Tartu_Linna_ja_Maakonna_Kaitseliit, lk 95
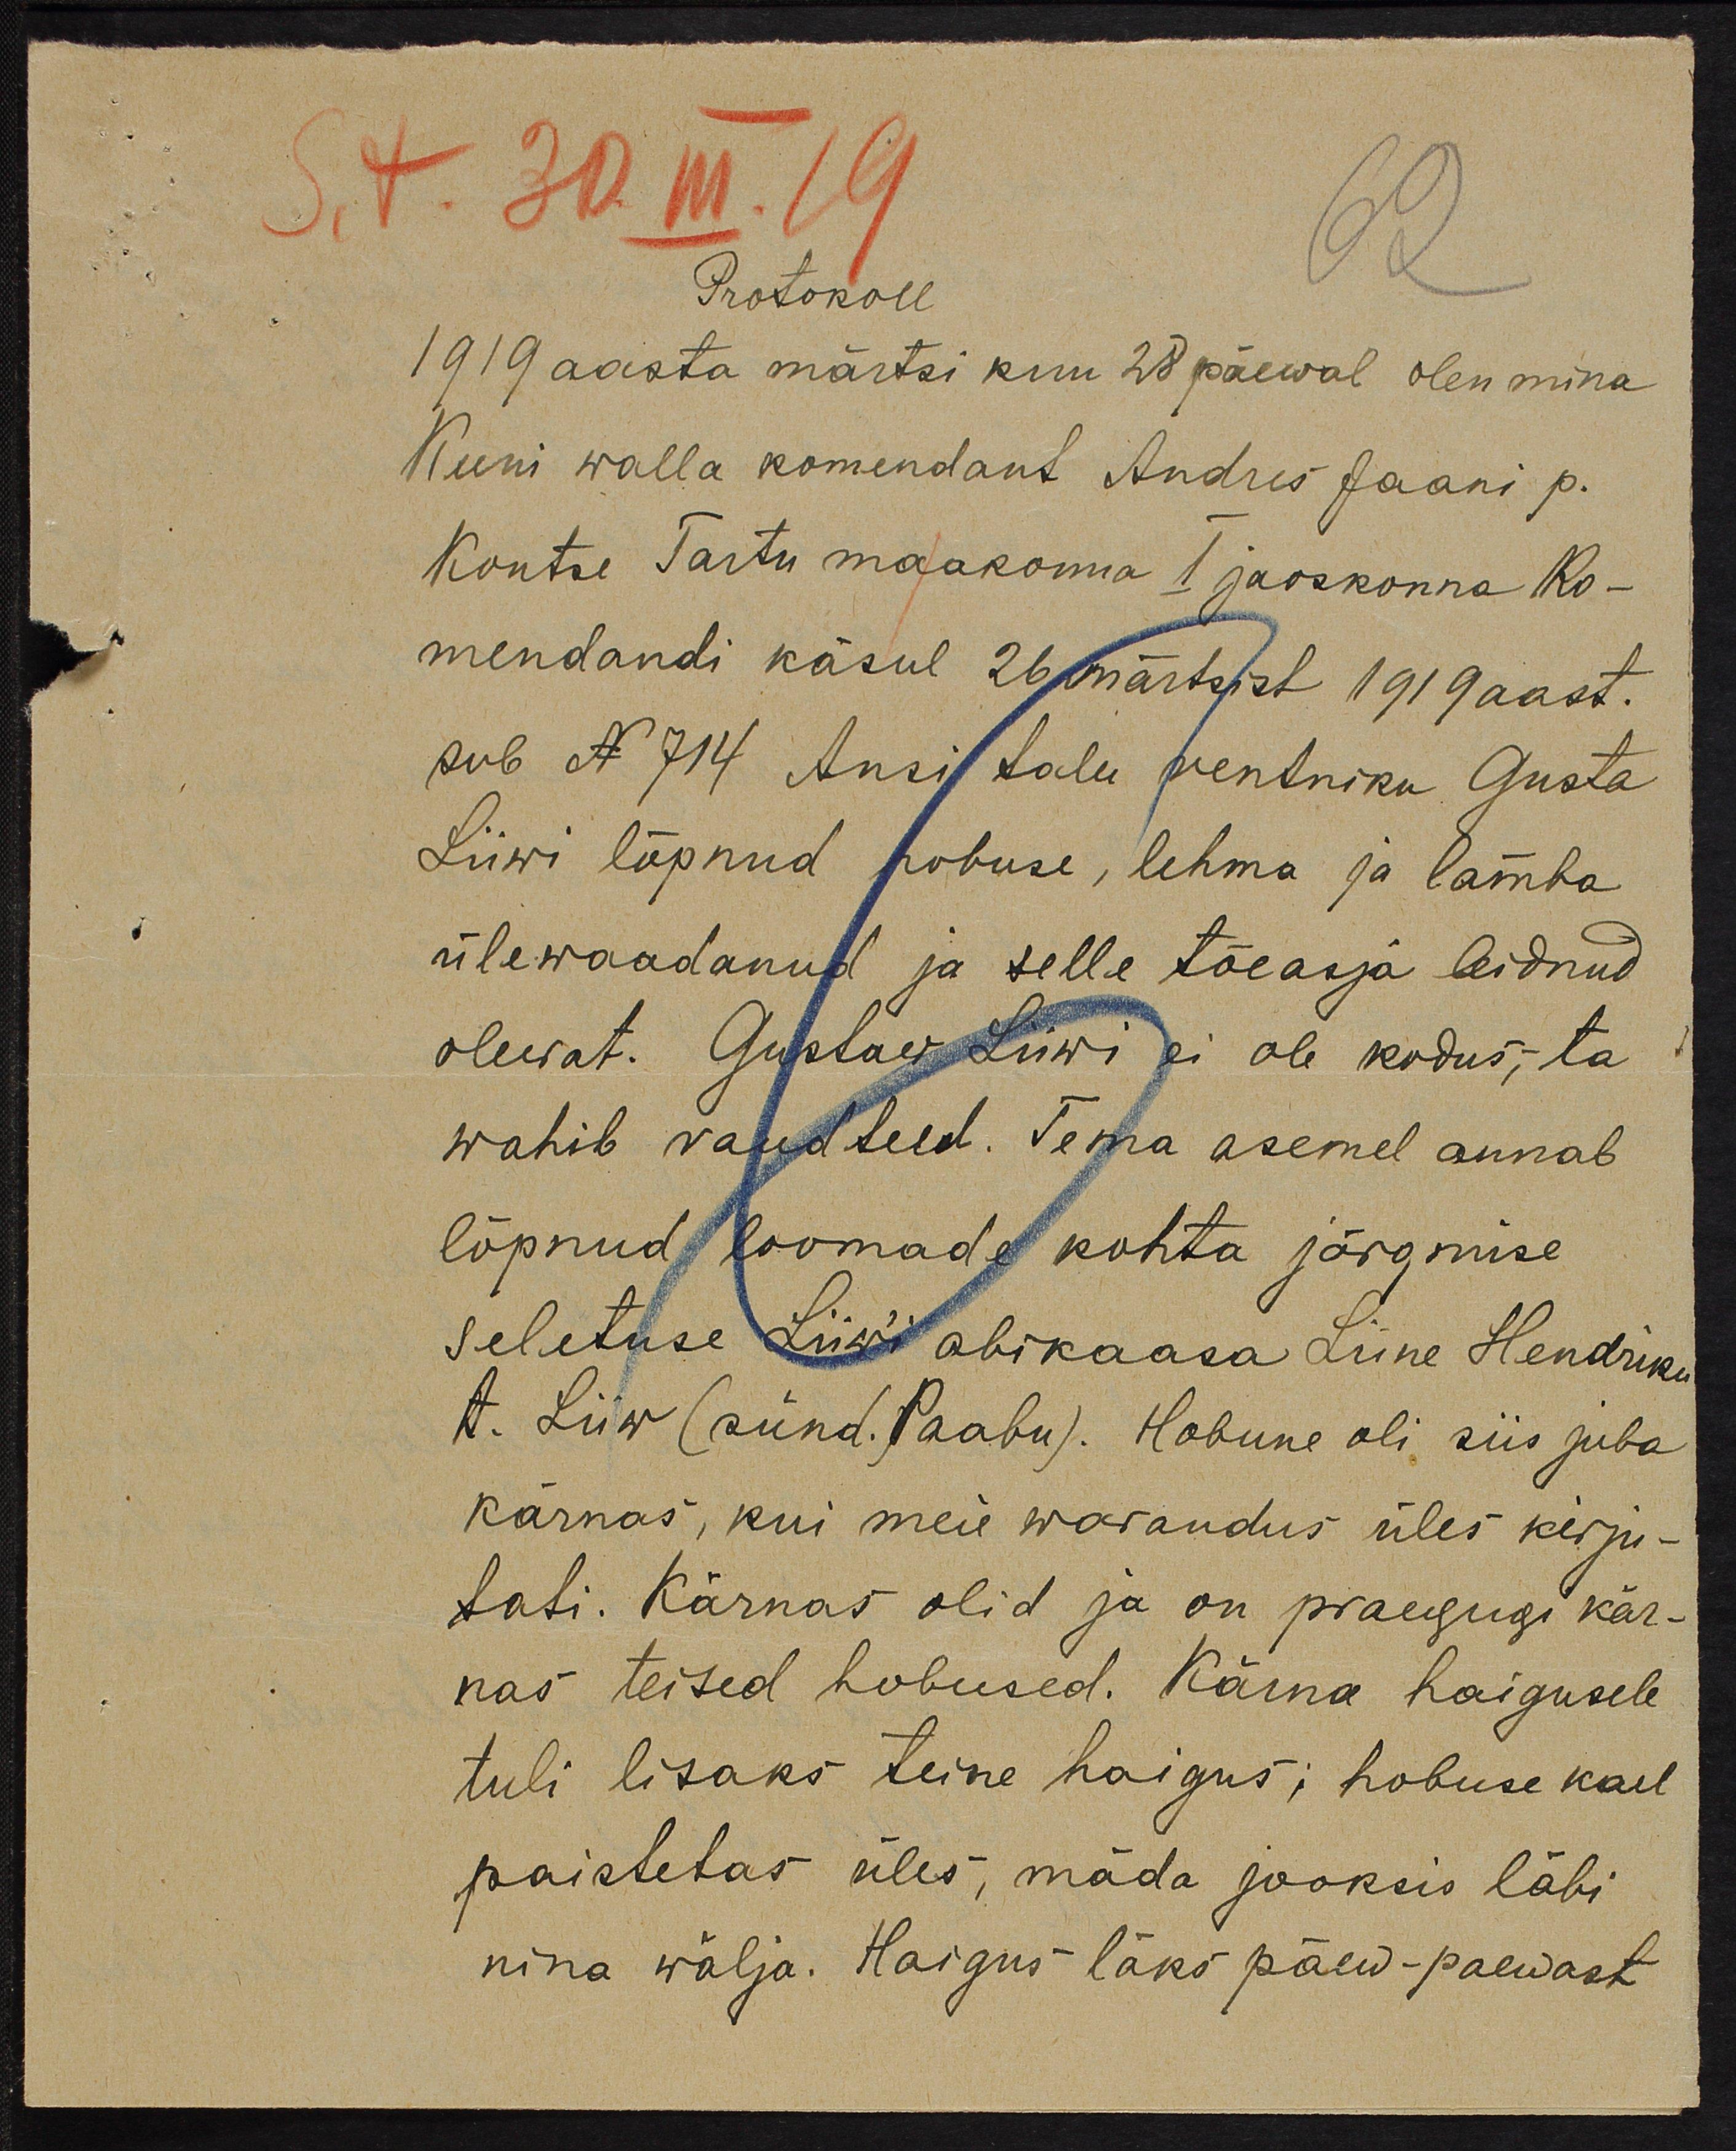
St. 30 III. 19.
Protokoll
1919 aasta märtsi kuu 28 päewal olen mina
Keeni walla komendant Andres Jaani p.
Kontre Tartu maakonna 1 jaoskonna Ko-
mendandi käsul 26 märtsist 1919 aast.
pub N 714 Ansi talu rentniku Gusta
Liiwi lõpnud hobuse, lehma ja lamba
ülewaadanud ja selle tõeasja leidnud
olewat. Gustaw Liiwi ei ole kodus; ta
wahib raudteed. Tema asemel annab
lõpnud loomade kohta järgmise
seletuse Liiwi abikaasa Liine Hendriku
t. Liiw (sünd. Paabu). Hobune oli siis juba
kärnas, kui meie warandus üles kirju-
tati. Kärnas olid ja on praegugi kär-
nas teised hobused. Kärna haigusele
tuli lisaks teine haigus; hobuse kael
paistetas üles, mäda jooksis läbi
nina wälja. Haigus läks päew-paewast